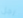
رجل